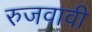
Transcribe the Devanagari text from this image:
रुजवावी